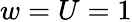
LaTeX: w=U=1